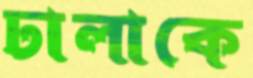
ঢালাকে